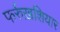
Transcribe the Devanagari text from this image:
फर्रुख़शियार